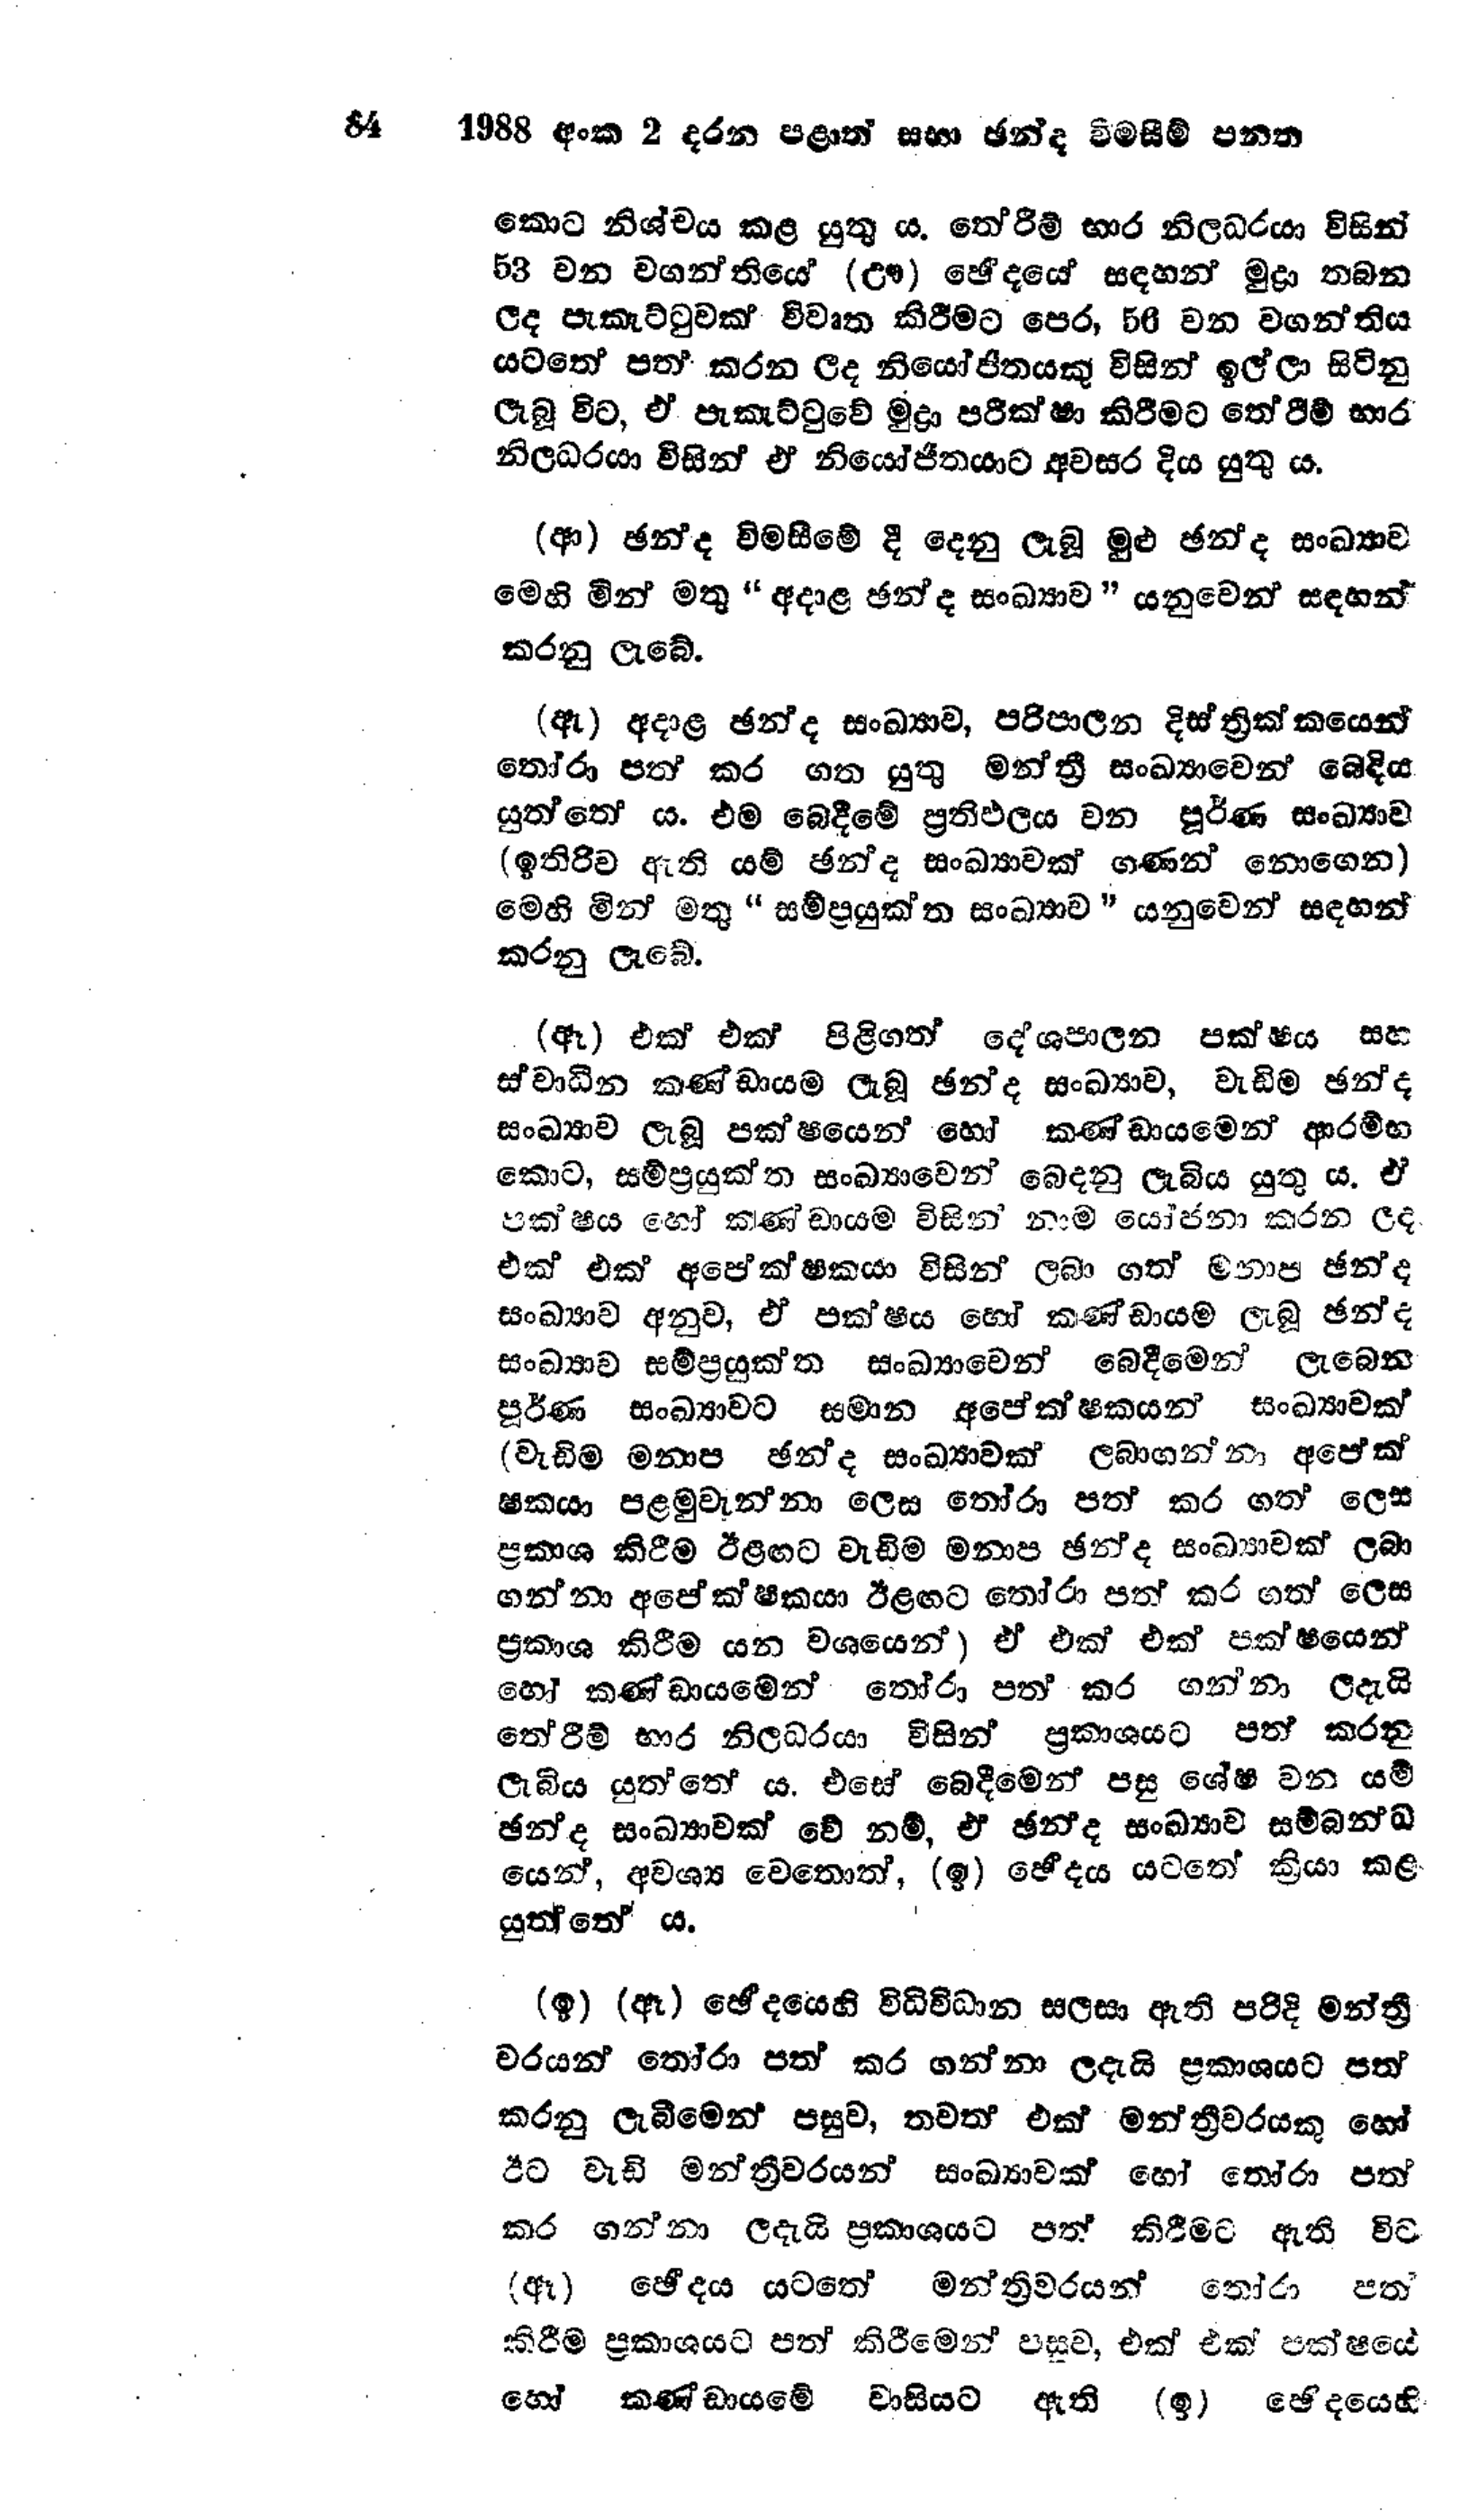
84 1988 අංක 2 දරන පළාත් සභා ඡන්ද විමසීම් පනත

කොට නිශ්චය කළ යුතු ය. තේරීම් භාර නිලධරයා විසින්
53 වන වගන්තියේ (ඌ) ඡෙදයේ සඳහන් මුද්‍රා තබන
ලද පැකැට්ටුවක් විවෘත කිරීමට පෙර, 56 වන වගන්තිය
යටතේ පත් කරන ලද නියෝජිතයකු විසින් ඉල්ලා සිටිනු
ලැබූ විට, ඒ පැකැට්ටුවේ මු පරීක්ෂා කිරීමට තේරීම් භාර
නිලධරයා විසින් ඒ නියෝජිතයාට අවසර දිය යුතු ය.

(ආ) ඡන්ද විමසීමේ දී දෙනු ලැබූ මුළු ඡන්ද සංඛ්‍යාව
මෙහි මින් මතු "අදාළ ඡන්ද සංඛ්‍යාව " යනුවෙන් සඳහන්
කරනු ලැබේ.

(ඇ) අදාළ ඡන්ද සංඛ්‍යාව, පරිපාලන දිස්ත්‍රික්කයෙන්
තෝරා පත් කර ගත යුතු මන්ත්‍රී සංඛ්‍යාවෙන් බෙදිය
යුත්තේ ය. එම බෙදීමේ ප්‍රතිඵලය වන පූර්ණ සංඛ්‍යාව
(ඉතිරිව ඇති යම් ඡන්ද සංඛ්‍යාවක් ගණන් නොගෙන)
මෙහි මින් මතු "සම්ප්‍රයුක්ත සංඛ්‍යාව" යනුවෙන් සඳහන්
කරනු ලැබේ.

(ඈ) එක් එක් පිළිගත් දේශපාලන පක්ෂය සහ
ස්වාධීන කණ්ඩායම ලැබූ ඡන්ද සංඛ්‍යාව, වැඩිම ඡන්ද
සංඛ්‍යාව ලැබූ පක්ෂයෙන් හෝ කණ්ඩායමෙන් ආරම්භ
කොට, සම්ප්‍රයුක්ත සංඛ්‍යාවෙන් බෙදනු ලැබිය යුතු ය. ඒ
පක්ෂය හෝ කණ්ඩායම විසින් නාම යෝජනා කරන ලද
එක් එක් අපේක්ෂකයා විසින් ලබා ගත් මනාප ඡන්ද
සංඛ්‍යාව අනුව, ඒ පක්ෂය හෝ කණ්ඩායම ලැබූ ඡන්ද
සංඛ්‍යාව සම්ප්‍රයුක්ත සංඛ්‍යාවෙන් බෙදීමෙන් ලැබෙන
පූර්ණ සංඛ්‍යාවට සමාන අපේක්ෂකයන් සංඛ්‍යාවක්
(වැඩිම මනාප ඡන්ද සංඛ්‍යාවක් ලබාගන්නා අපේක්
ෂකයා පළමුවැන්නා ලෙස තෝරා පත් කර ගත ලෙස
ප්‍රකාශ කිරීම ඊළඟට වැඩිම මනාප ඡන්ද සංඛ්‍යාවක් ලබා
ගන්නා අපේක්ෂකයා ඊළඟට තෝරා පත් කර ගත් ලෙස
ප්‍රකාශ කිරීම යන වශයෙන්) ඒ එක් එක් පක්ෂයෙන්
හෝ කණ්ඩායමෙන් තෝරා පත කරගන්නා ලදැයි
තේරීම් භාර නිලධරයා විසින් ප්‍රකාශයට පත් කරනු
ලැබිය යුත්තේ ය. එසේ බෙදීමෙන් පසු ශේෂ වන යම්
ඡන්ද සංඛ්‍යාවක් වේ නම්, ඒ ඡන්ද සංඛ්‍යාව සම්බන්ධ
යෙන්, අවශ්‍ය වෙතොත්, (ඉ) භේදය යටතේ ක්‍රියා කළ
යුත්තේ ය.

(ඉ) (ඈ) ඡේදයෙහි විධිවිධාන සලසා ඇති පරිදි මන්ත්‍රී
වරයන් තෝරා පත් කර ගන්නා ලදැයි ප්‍රකාශයට පත්
කරනු ලැබීමෙන් පසුව, තවත් එක් මන්ත්‍රීවරයකු හෝ
ඊට වැඩි මන්ත්‍රීවරයන් සංඛ්‍යාවක් හෝ තෝරා පත්
කර ගන්නා ලදැයි ප්‍රකාශයට පත් කිරීමට ඇති විට
(ඈ) ඡේදය යටතේ මන්ත්‍රීවරයන් තෝරා ප‍ත්
කිරීම ප්‍රකාශයට පත් කිරීමෙන් පසුව, එක් එක් පක්ෂයේ
හෝ කණ්ඩායමේ වාසියට ඇති (ඉ) ඡේදයෙහි